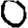
Digit: 0